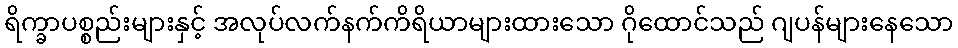
ရိက္ခာပစ္စည်းများနှင့် အလုပ်လက်နက်ကိရိယာများထားသော ဂိုထောင်သည် ဂျပန်များနေသော